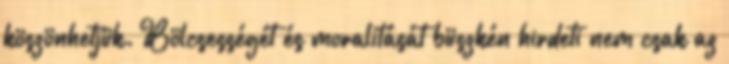
köszönhetjük. Bölcsességét és moralitását büszkén hirdeti nem csak az